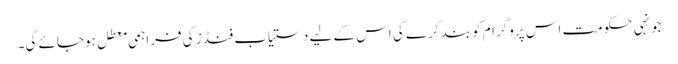
جونہی حکومت اس پروگرام کو بند کرے گی اس کے لیے دستیاب فنڈز کی فراہمی معطل ہوجائے گی۔